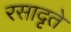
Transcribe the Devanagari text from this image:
रसादृते